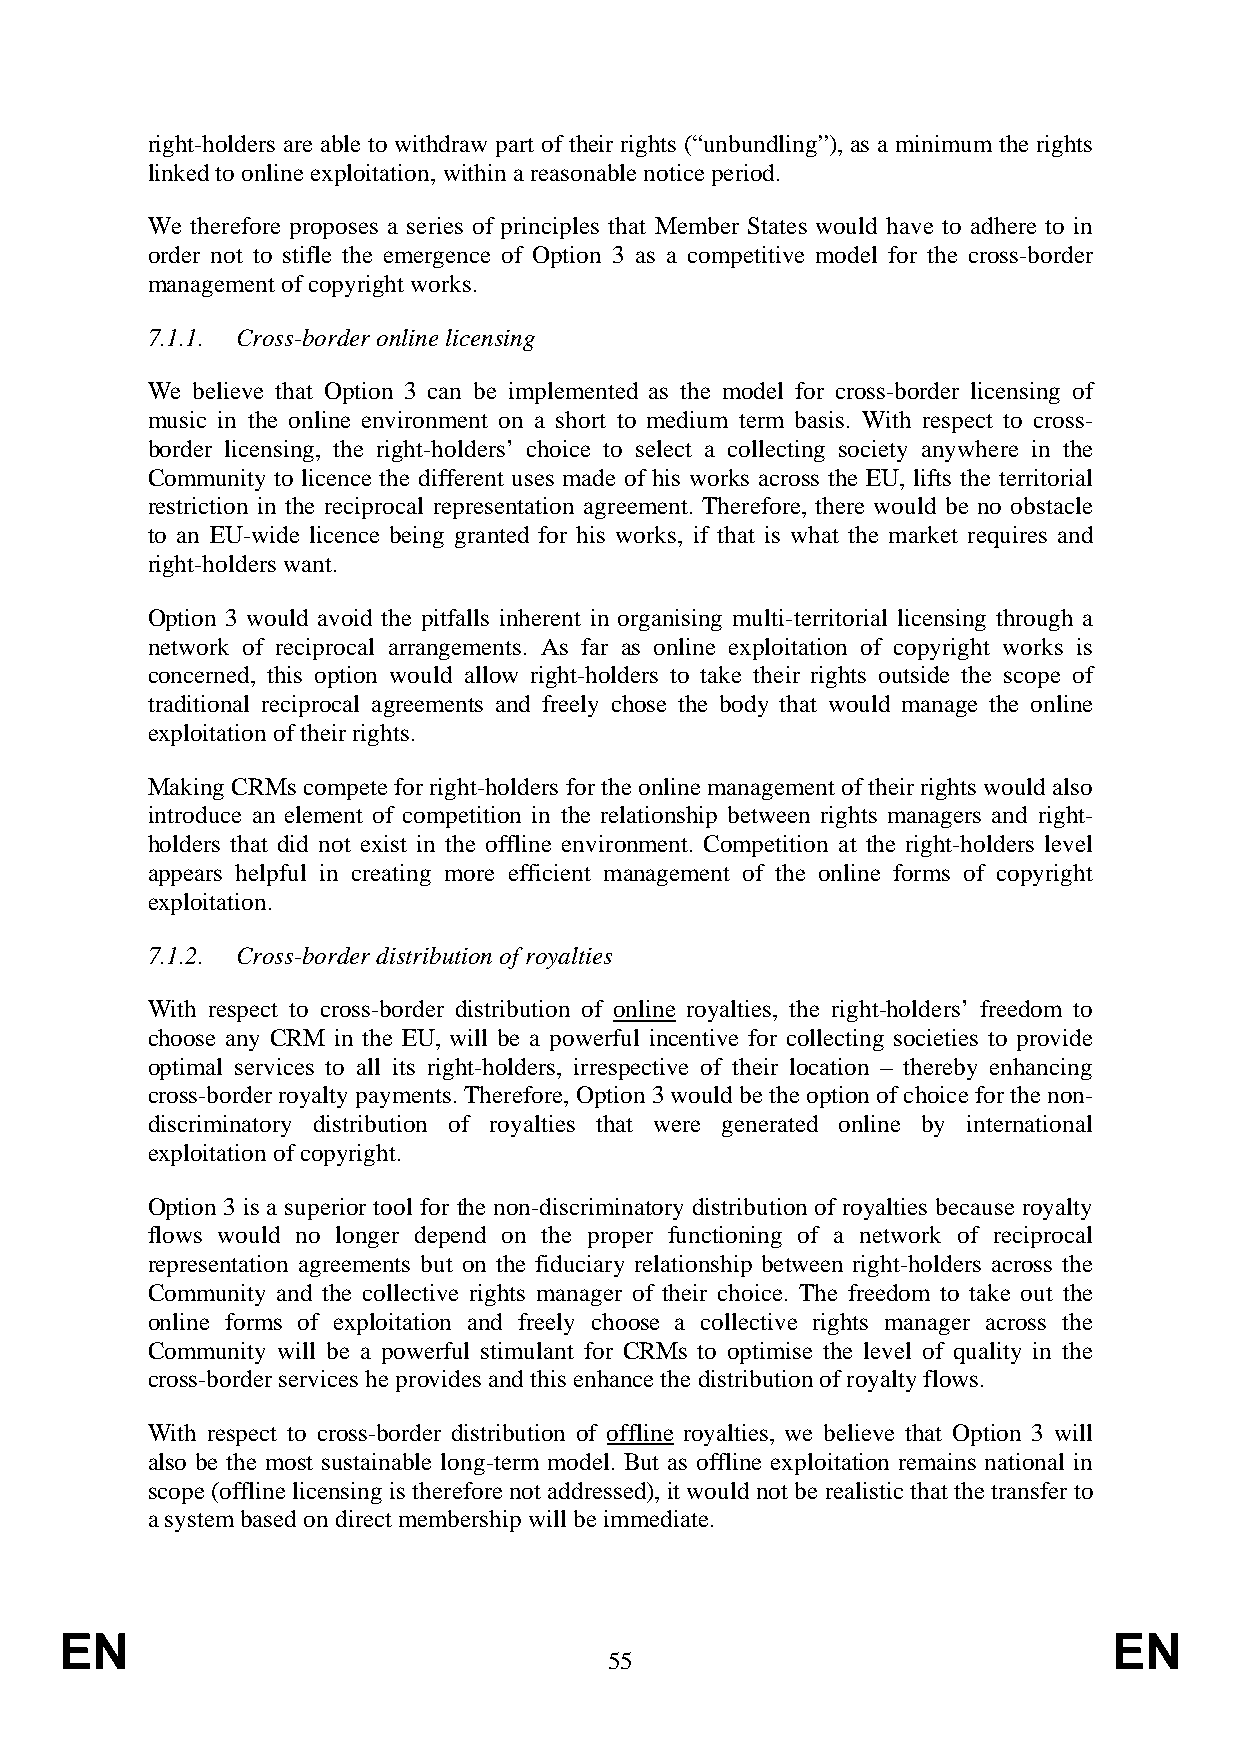
right-holders are able to withdraw part of their rights (“unbundling”), as a minimum the rights
 linked to online exploitation, within a reasonable notice period.
 We therefore proposes a series of principles that Member States would have to adhere to in
 order not to stifle the emergence of Option 3 as a competitive model for the cross-border
 management of copyright works.
 7.1.1. Cross-border online licensing
 We believe that Option 3 can be implemented as the model for cross-border licensing of
 music in the online environment on a short to medium term basis. With respect to cross-
 border licensing, the right-holders’ choice to select a collecting society anywhere in the
 Community to licence the different uses made of his works across the EU, lifts the territorial
 restriction in the reciprocal representation agreement. Therefore, there would be no obstacle
 to an EU-wide licence being granted for his works, if that is what the market requires and
 right-holders want.
 Option 3 would avoid the pitfalls inherent in organising multi-territorial licensing through a
 network of reciprocal arrangements. As far as online exploitation of copyright works is
 concerned, this option would allow right-holders to take their rights outside the scope of
 traditional reciprocal agreements and freely chose the body that would manage the online
 exploitation of their rights.
 Making CRMs compete for right-holders for the online management of their rights would also
 introduce an element of competition in the relationship between rights managers and right-
 holders that did not exist in the offline environment. Competition at the right-holders level
 appears helpful in creating more efficient management of the online forms of copyright
 exploitation.
 7.1.2. Cross-border distribution of royalties
 With respect to cross-border distribution of online royalties, the right-holders’ freedom to
 choose any CRM in the EU, will be a powerful incentive for collecting societies to provide
 optimal services to all its right-holders, irrespective of their location – thereby enhancing
 cross-border royalty payments. Therefore, Option 3 would be the option of choice for the non-
 discriminatory distribution of royalties that were generated online by international
 exploitation of copyright.
 Option 3 is a superior tool for the non-discriminatory distribution of royalties because royalty
 flows would no longer depend on the proper functioning of a network of reciprocal
 representation agreements but on the fiduciary relationship between right-holders across the
 Community and the collective rights manager of their choice. The freedom to take out the
 online forms of exploitation and freely choose a collective rights manager across the
 Community will be a powerful stimulant for CRMs to optimise the level of quality in the
 cross-border services he provides and this enhance the distribution of royalty flows.
 With respect to cross-border distribution of offline royalties, we believe that Option 3 will
 also be the most sustainable long-term model. But as offline exploitation remains national in
 scope (offline licensing is therefore not addressed), it would not be realistic that the transfer to
 a system based on direct membership will be immediate.
 EN                                                                    EN
 55